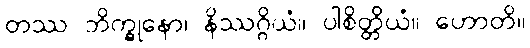
တဿ ဘိက္ခုနော၊ နိဿဂ္ဂိယံ။ ပါစိတ္တိယံ။ ဟောတိ။